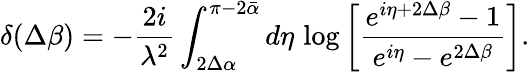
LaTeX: \delta(\Delta\beta)=-\frac{2i}{\lambda^{2}}\int_{2\Delta\alpha}^{\pi-2\bar{\alpha}}d\eta\, \log\left[\frac{e^{i\eta+2\Delta\beta}-1}{e^{i\eta}-e^{2\Delta\beta}}\right].